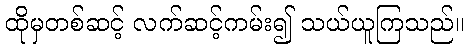
ထိုမှတစ်ဆင့် လက်ဆင့်ကမ်း၍ သယ်ယူကြသည်။